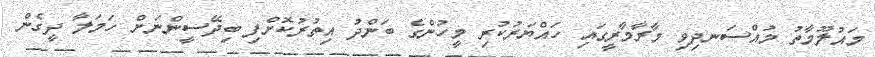
މައުލޫމާތު މުއްސަނދިވި މާރާމާރީގައި ހައްޔަރުކުރި މީހުންގެ ބަންދު އިތުރުކޮށްފި ބިދޭސީންނަށް ހަމަލާ ދީގެން